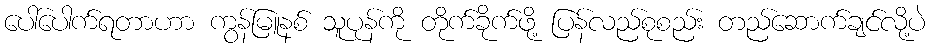
ပေါ်ပေါက်ရတာဟာ ကွန်မြူနစ် သူပုန်ကို တိုက်ခိုက်ဖို့ ပြန်လည်စုစည်း တည်ဆောက်ချင်လို့ပဲ